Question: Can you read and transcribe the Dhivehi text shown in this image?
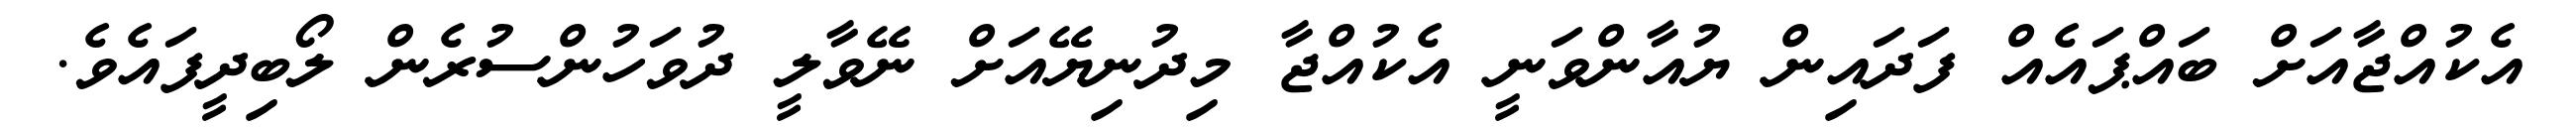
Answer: އެކުއްޖާއަށް ބައްޕައެއް ފަދައިން ޔުއާންވަނީ އެކުއްޖާ މިދުނިޔޭއަށް ނޭވާލީ ދުވަހުންސުރެން ލޯބިދީފައެވެ.